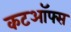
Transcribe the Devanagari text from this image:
कटऑफ्स